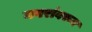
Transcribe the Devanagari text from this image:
नगरांवरून